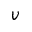
\boldsymbol { v }